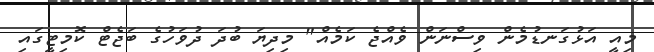
މިއީ އަޅުގަނޑުމެން ވިސްނަން ވެއްޖެ ކަމެއް" މިދިޔަ ބުދަ ދުވަހުގެ ބަޖެޓް ކޮމިޓީގައި